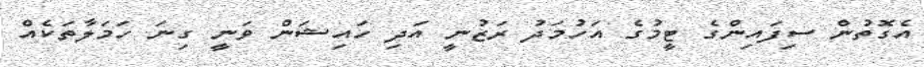
އެގޮތުން ސިފައިންގެ ޓީމުގެ އަހުމަދު ރަޒުނީ އަދި ހައިޝަން ވަނީ ގިނަ ހަމަލާތަކެއް